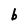
Character: b